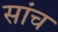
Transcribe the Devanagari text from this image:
सांच